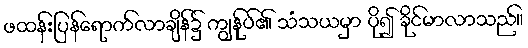
ဖထန်းပြန်ရောက်လာချိန်၌ ကျွန်ုပ်၏ သံသယမှာ ပို၍ ခိုင်မာလာသည်။